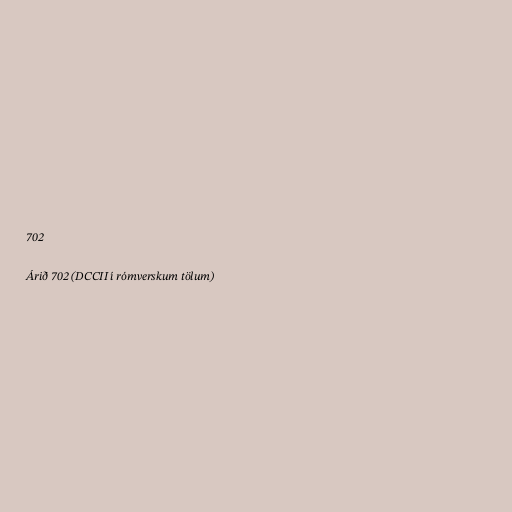
702

Árið 702 (DCCII í rómverskum tölum)